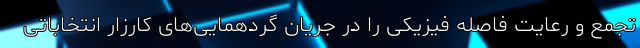
تجمع و رعایت فاصله فیزیکی را در جریان گردهمایی‌های کارزار انتخاباتی